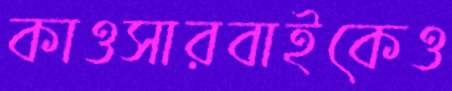
কাওসারবাইকেও